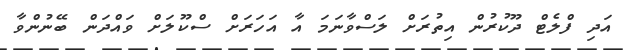
އަދި ފްލެޓް ދޫކުރުން އިތުރަށް ލަސްވާނަމަ އާ އަހަރަށް ސްކޫލަށް ވައްދަން ބޭނުންވާ